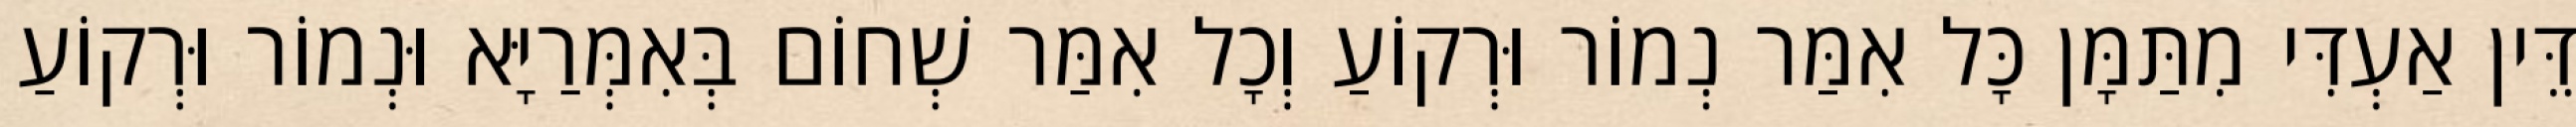
דֵּין אַעְדִּי מִתַּמָּן כָּל אִמַּר נְמוֹר וּרְקוֹעַ וְכָל אִמַּר שְׁחוֹם בְּאִמְּרַיָּא וּנְמוֹר וּרְקוֹעַ